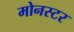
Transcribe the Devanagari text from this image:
मोनस्टर